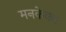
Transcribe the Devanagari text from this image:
मनकेकर